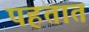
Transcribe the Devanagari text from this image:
पहतात